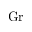
\mathrm { G r }